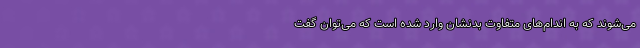
می‌شوند که به اندام‌های متفاوت بدنشان وارد شده است که می‌توان گفت